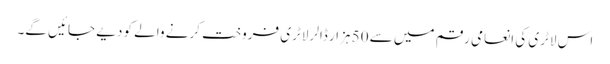
اس لاٹری کی انعامی رقم میں سے 50 ہزار ڈالر لاٹری فروخت کرنے والے کو دیے جائیں گے۔